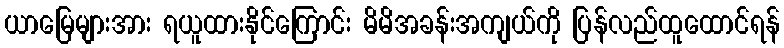
ယာမြေများအား ရယူထားနိုင်ကြောင်း မိမိအခန်းအကျယ်ကို ပြန်လည်ထူထောင်ရန်